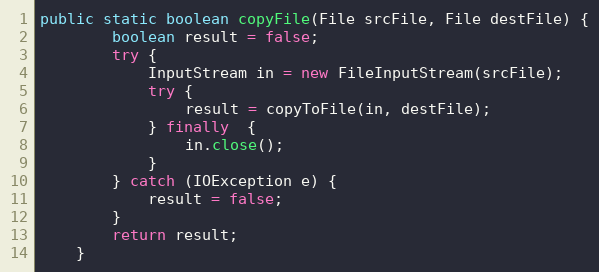
Language: Java
public static boolean copyFile(File srcFile, File destFile) {
        boolean result = false;
        try {
            InputStream in = new FileInputStream(srcFile);
            try {
                result = copyToFile(in, destFile);
            } finally  {
                in.close();
            }
        } catch (IOException e) {
            result = false;
        }
        return result;
    }